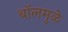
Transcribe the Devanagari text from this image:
बॉलमुळे